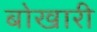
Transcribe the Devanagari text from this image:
बोखारी